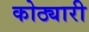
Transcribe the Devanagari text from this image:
कोठ्यारी